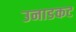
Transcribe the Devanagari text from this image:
उनाडकट